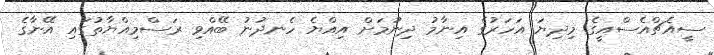
ސީއެޗްއެސްއީގެ މިދިޔަ އަހަރުގެ އިނާމު ދިނުމަށް އިއްޔެ ހެނދުނު ބޭއްވި ރަސްމިއްޔާތުގައި އޭނާގެ